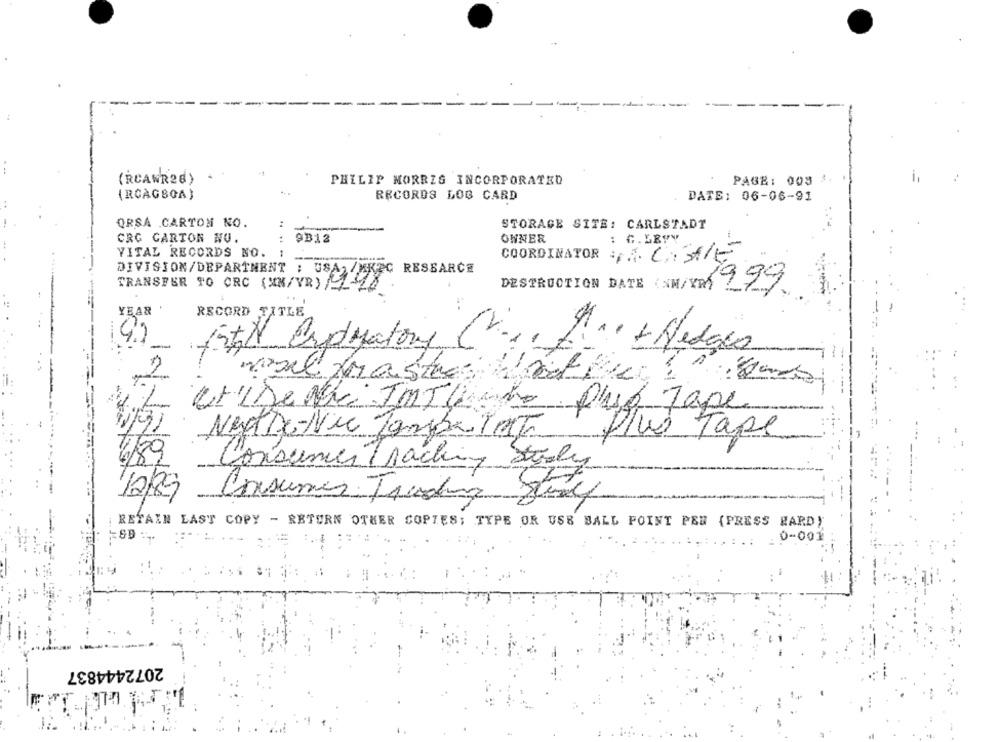
. ..
(RCAWR28)
PHILIP MORRIS INCORPORATED
PAGE: 003 :
(RCAGSOA)
RECORDS LOG CARD
DATE: 06-06-91
..
QRSA CARTON NO.
STORAGE SITE: CARLSTADT
OWNER
: G. LEVY
CRG CARTON NO.
. .
9313
VITAL RECORDS NO.
COORDINATOR A CHIE
RFC RESEARCH
TRANSFER TO CRC (MM/VR) /22
DIVISION/DEPARTMENT :
DESTRUCTION DATE (NM/YRS
999
YEAR
RECORD TITLE
KEN Ordyatory
A .. + Hedgeo
vesel trastero
UtiDe Nu IMTU
Puso Tape
NextDe-Nie ZambaTat
Plus Tape
4/89
12/89
Consumes Trading Joe
RETAIN LAST COPY - RETURN OTHER COPIES; TYPE OR USS BALL POINT PEN (PRESS RARD)
S9
0-001
2072444837